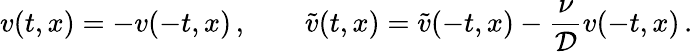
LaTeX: v(t,x)=-v(-t,x)\, ,\qquad\tilde{v}(t,x)=\tilde{v}(-t,x)-\frac{\nu}{{\cal D}}v(-t,x)\, .